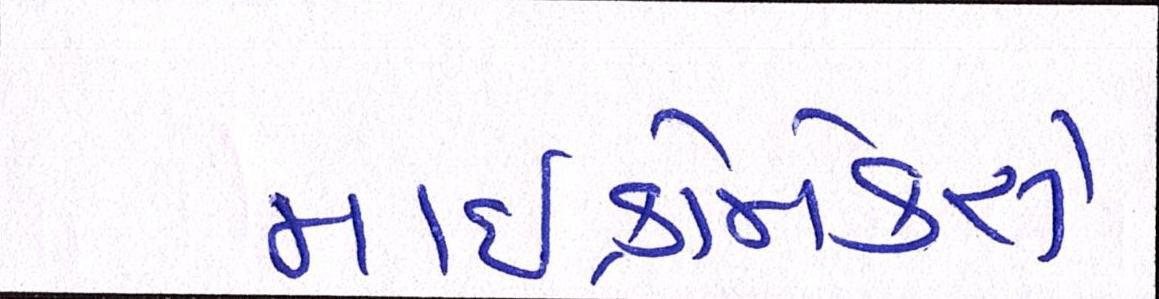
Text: માઈક્રોમેક્સે